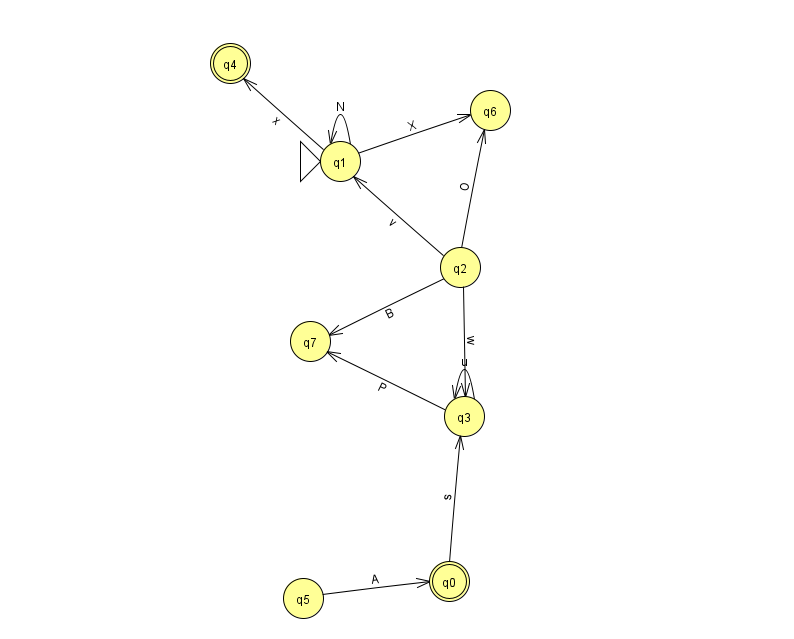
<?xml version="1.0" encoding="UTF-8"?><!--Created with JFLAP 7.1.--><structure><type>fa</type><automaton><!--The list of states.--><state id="0" name="q0"><x>449.0</x><y>568.0</y><final/></state><state id="1" name="q1"><x>340.0</x><y>148.0</y><initial/></state><state id="2" name="q2"><x>460.0</x><y>254.0</y></state><state id="3" name="q3"><x>464.0</x><y>403.0</y></state><state id="4" name="q4"><x>230.0</x><y>50.0</y><final/></state><state id="5" name="q5"><x>303.0</x><y>585.0</y></state><state id="6" name="q6"><x>490.0</x><y>97.0</y></state><state id="7" name="q7"><x>310.0</x><y>328.0</y></state><!--The list of transitions.--><transition><from>3</from><to>7</to><read>P</read></transition><transition><from>0</from><to>3</to><read>s</read></transition><transition><from>2</from><to>3</to><read>w</read></transition><transition><from>5</from><to>0</to><read>A</read></transition><transition><from>1</from><to>6</to><read>X</read></transition><transition><from>3</from><to>3</to><read>u</read></transition><transition><from>1</from><to>4</to><read>x</read></transition><transition><from>2</from><to>7</to><read>B</read></transition><transition><from>2</from><to>6</to><read>O</read></transition><transition><from>1</from><to>1</to><read>N</read></transition><transition><from>2</from><to>1</to><read>v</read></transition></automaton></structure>